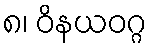
၈၊ ဝိနယဝဂ္ဂ